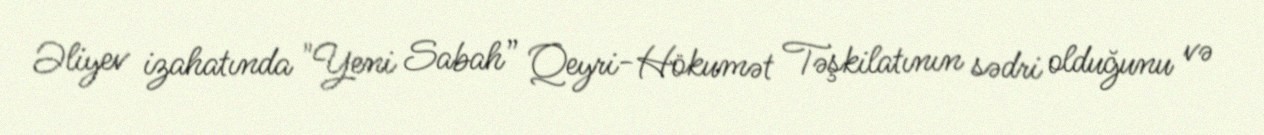
Əliyev izahatında "Yeni Sabah” Qeyri-Hökumət Təşkilatının sədri olduğunu və